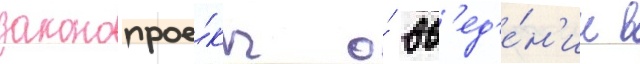
законопрое́кт о́ вв'ед'е́н'ии в